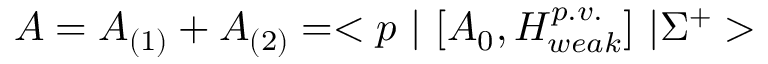
A = A _ { ( 1 ) } + A _ { ( 2 ) } = < p ~ | ~ [ A _ { 0 } , H _ { w e a k } ^ { p . v . } ] ~ | \Sigma ^ { + } >